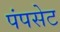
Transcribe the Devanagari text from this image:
पंपसेट